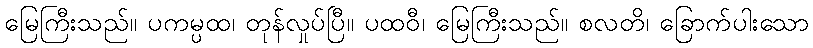
မြေကြီးသည်။ ပကမ္ပထ၊ တုန်လှုပ်ပြီ။ ပထဝီ၊ မြေကြီးသည်။ စလတိ၊ ခြောက်ပါးသော